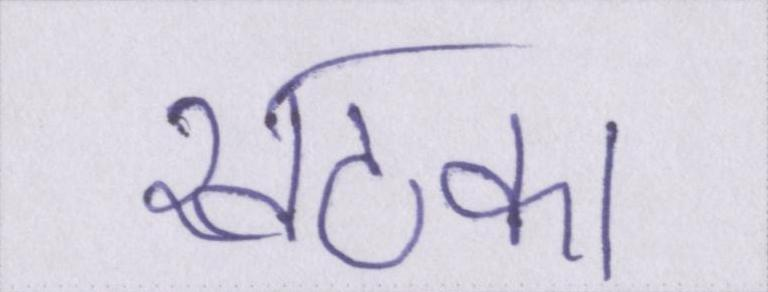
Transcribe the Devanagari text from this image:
खटका